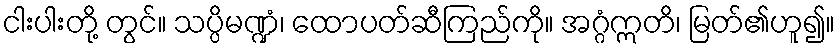
ငါးပါးတို့ တွင်။ သပ္ပိမဏ္ဍံ၊ ထောပတ်ဆီကြည်ကို။ အဂ္ဂံဣတိ၊ မြတ်၏ဟူ၍။